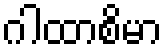
ဂါထာစိမာ